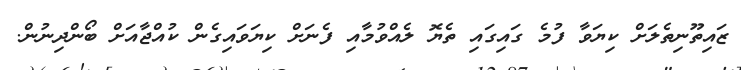
ޒައިތޫނިތެލަށް ކިޔަވާ ފުމެ ގައިގައި ތެޔޮ ލެއްވުމާއި ފެނަށް ކިޔަވައިގެން ކުއްޖާއަށް ބޯންދިނުން.